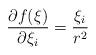
LaTeX: \begin{align*} \frac{\partial f(\xi)}{\partial \xi_i}=\frac{\xi_i}{r^2}\end{align*}